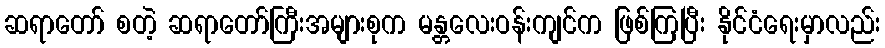
ဆရာတော် စတဲ့ ဆရာတော်ကြီးအများစုက မန္တလေးဝန်းကျင်က ဖြစ်ကြပြီး နိုင်ငံရေးမှာလည်း